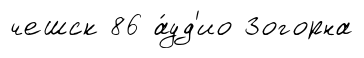
чешск 86 а́уд'ио Зогорна